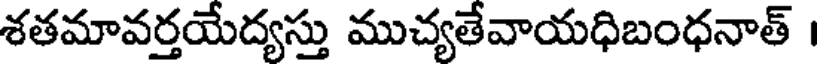
శతమావర్తయేద్యస్తు ముచ్యతేవాయధిబంధనాత్ ।